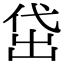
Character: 𬾚